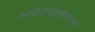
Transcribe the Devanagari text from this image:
आईएनएक्सएस